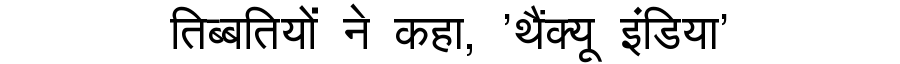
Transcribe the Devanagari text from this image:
तिब्बतियों ने कहा, 'थैंक्यू इंडिया'